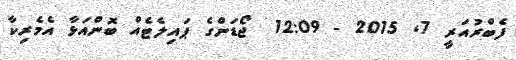
ފެބްރުއަރީ 7